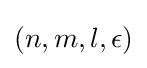
(n,m,l,\epsilon )